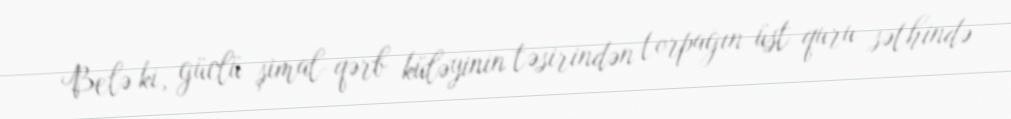
Belə ki, güclü şimal-qərb küləyinin təsirindən torpağın üst quru səthində